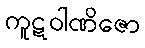
ကူဋဝါဏိဇော